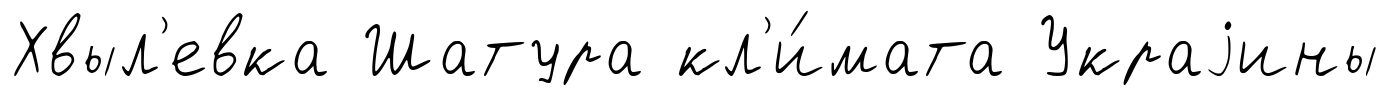
Хвыл'евка Шатура кл'и́мата Украjины